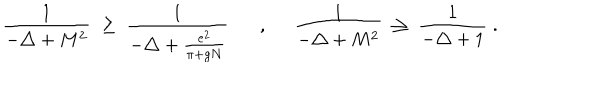
LaTeX: \frac { 1 } { - \triangle + M ^ { 2 } } \; \geq \; \frac { 1 } { - \triangle + \frac { e ^ { 2 } } { \pi + g N } } , \; \; \frac { 1 } { - \triangle + M ^ { 2 } } \; \geq \; \frac { 1 } { - \triangle + 1 } \; .